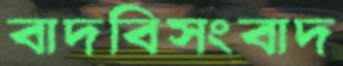
বাদবিসংবাদ